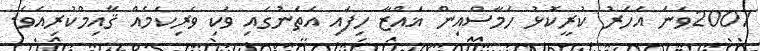
2007ވަނަ އަހަރު ކުރީކޮޅު ހަމާސްއިން ޣައްޒާ ހިފައި އެތަނުގައި ވަކި ވެރިކަމެއް ޤާއިމްކުރިއެވެ.